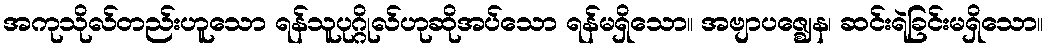
အကုသိုလ်တည်းဟူသော ရန်သူပုဂ္ဂိုလ်ဟုဆိုအပ်သော ရန်မရှိသော။ အဗျာပဇ္ဈေန၊ ဆင်းရဲခြင်းမရှိသော။